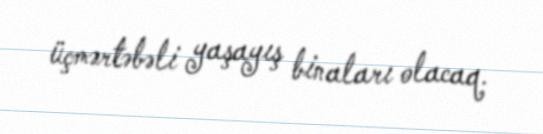
üçmərtəbəli yaşayış binaları olacaq.